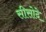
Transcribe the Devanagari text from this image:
सीसोदे